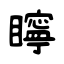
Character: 矃